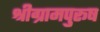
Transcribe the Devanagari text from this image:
श्रीग्रामपुरूष